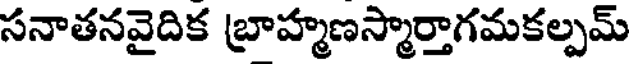
సనాతనవైదిక బ్రాహ్మణస్మార్తాగమకల్పమ్